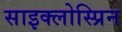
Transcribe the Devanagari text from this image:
साइक्लोस्प्रिन